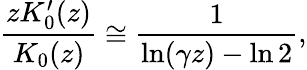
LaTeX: \frac{zK_{0}^{\prime}(z)}{K_{0}(z)}\cong\frac{1}{\ln(\gamma z)-\ln 2},